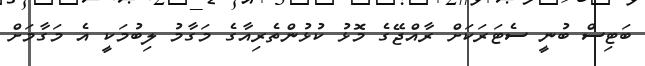
ބަޓިސް ބުނީ ސެޓަރަކަށް ރާއްޖޭގެ މޮޅު ކުޅުންތެރިއާގެ މަގާމު ލިބުމަކީ އެ މަގާމަށް